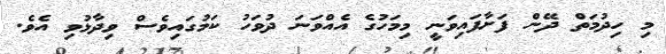
މި ހިދުމަތް ދޭން ފަށާފައިވަނީ މިމަހުގެ އެއްވަނަ ދުވަހު ކަމުގައިވެސް ވިދާޅުވި އެވެ.